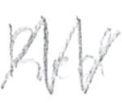
Text: Red
Cross-out: zig-zag
Writing tool: pencil